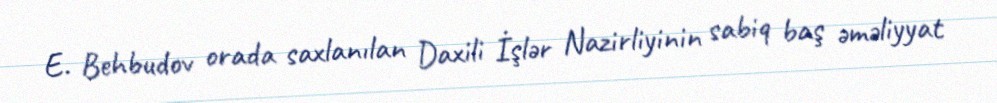
E. Behbudov orada saxlanılan Daxili İşlər Nazirliyinin sabiq baş əməliyyat